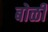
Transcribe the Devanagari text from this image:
बोळी